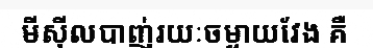
មីស៊ីលបាញ់រយៈចម្ងាយវែង គឺ